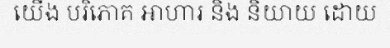
យើង បរិភោគ អាហារ និង និយាយ ដោយ